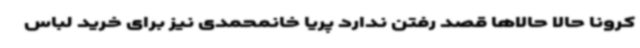
کرونا حالا حالاها قصد رفتن ندارد پریا خانمحمدی نیز برای خرید لباس